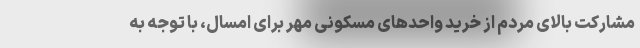
مشارکت بالای مردم از خرید واحدهای مسکونی مهر برای امسال، با توجه به